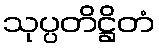
သုပ္ပတိဋ္ဌိတံ